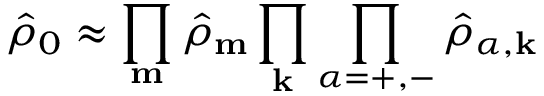
\hat { \rho } _ { 0 } \approx \prod _ { \mathbf { m } } \hat { \rho } _ { \mathbf { m } } \prod _ { \mathbf { k } } \prod _ { \alpha = + , - } \hat { \rho } _ { \alpha , \mathbf { k } }